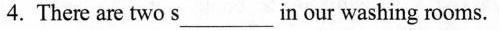
4. There are two s___in our washing rooms.